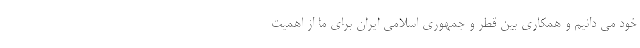
خود می دانیم و همکاری بین قطر و جمهوری اسلامی ایران برای ما از اهمیت